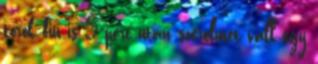
török fiú is 5 perc után szerelmet vall egy